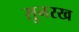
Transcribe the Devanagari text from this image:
सुनरख